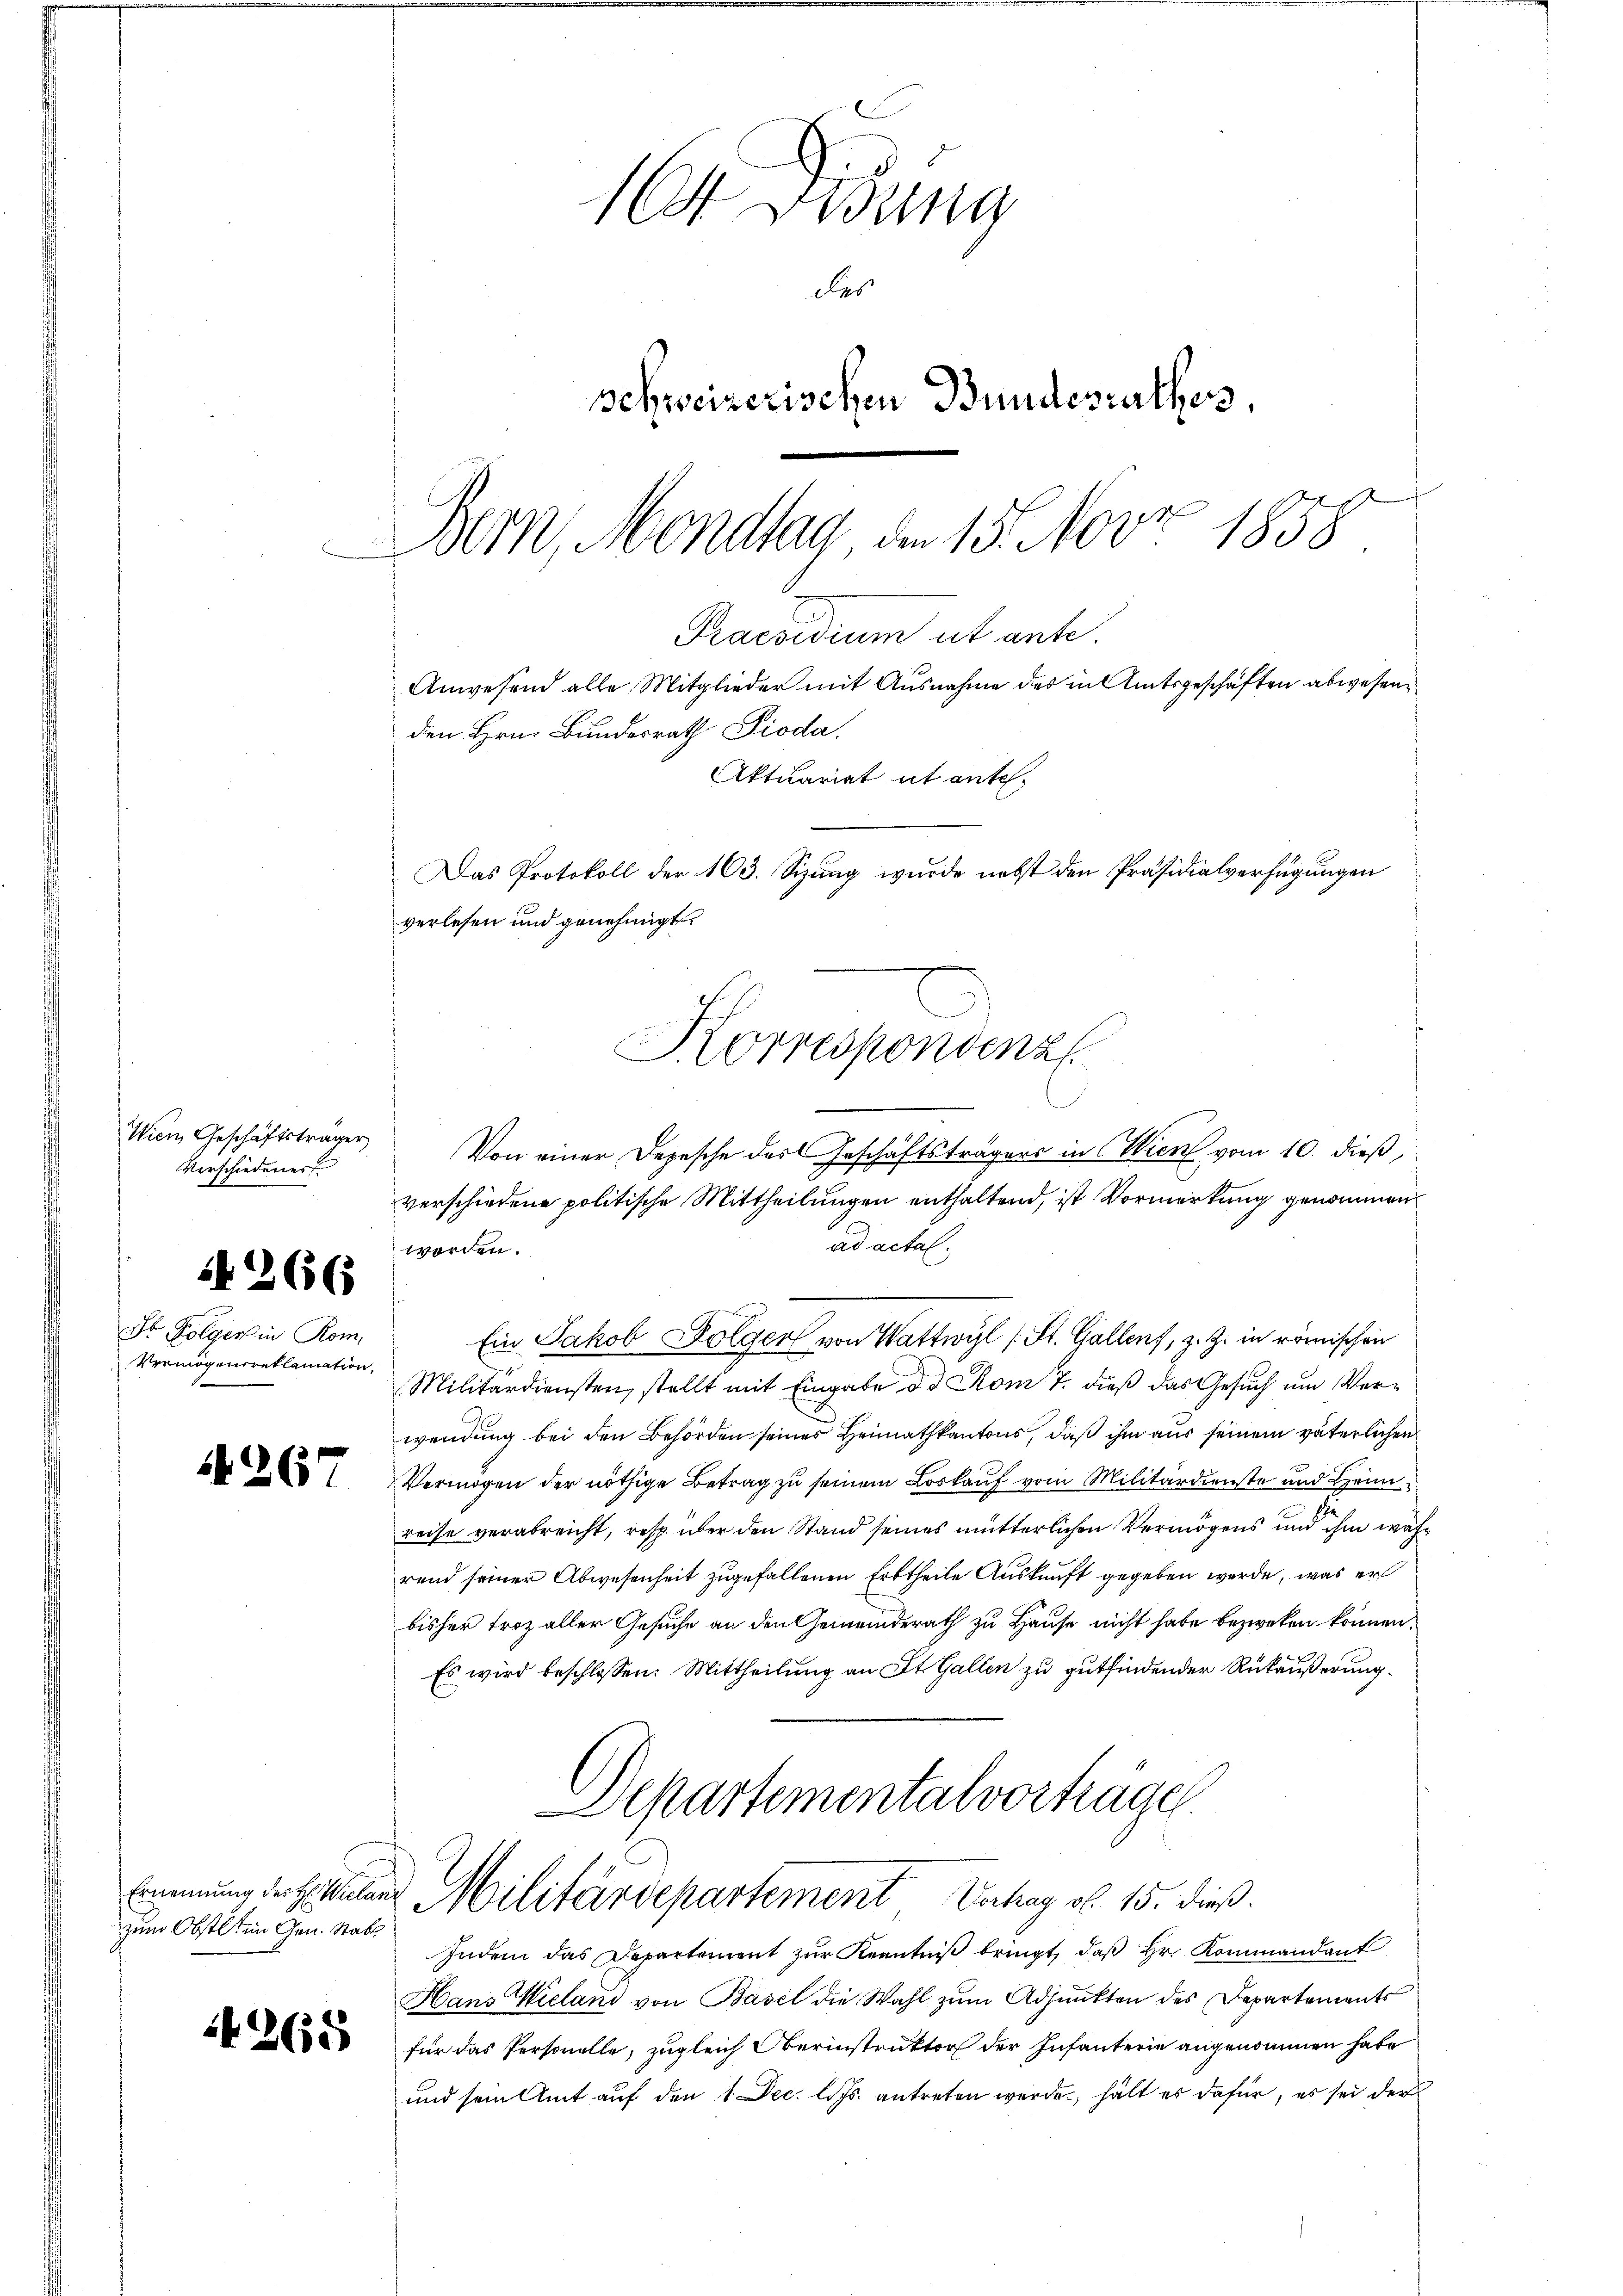
Wien Geschäftsträger,
Verschiedener

1266

Sr Folgers in Rom,
Vermögensreklamation

1267

Ernennung der H: Wielan
zum Obstet im Gen. Stabs

it 265

164 digung
des
schweizerischen Bundesrathes,
Bern Mondtag, den 15. Novz 1858
Praesidium ut ante.
Anwesend alle Mitglieder mit Ausnahme des in Amtsgeschäften abwesen.
den Hrn. Bundesrath Dioda.
Aktuariat it ente.
Das Protokoll der 163. Sizung wurde nebst den Präsidialverfügungen
verlesen und genehmigt.
Korrespondenz

Von einer Depesche des Geschäftsträgers in Wien vom 10. dieß,
verschiedene politische Mittheilungen enthaltend, ist Vormerkung genommen
ad actal.
worden.
Ein Jakob Folger von Wattwyl (St. Gallen, z. Z. in römischen
Militärdiensten, stellt mit Eingabe de Rom 7. dieß das Gesuch um Verwendung bei den Behörden seines Heimathkantons, daß ihm aus seinem väterlichen
Vermögen der nöthige Betrag zu seinem Loskauf vom Militärdienste und Heim
reise verabreicht, resp. über den Stand seines mutterlichen Vermögens und ihm währ
rend seiner Abwesenheit zugefallenen Erbtheile Auskunft gegeben werde, was er
bisher Froz aller Gesuche an den Gemeinderath zu Hause nicht habe bezweken können.
Es wird beschlossen: Mittheilung an St. Gallen zu gutfindender Rükäußerung.
Departementalvorträge

Militärdepartement Verhag ob. 15. dieß.

Indem das Departement zur Kenntniß bringt, daß Hr. Kommandant
Hans Wieland von Basel die Wahl zum Adjunkten des Departements
für das Personelle, zugleich Oberinstruktor der Infanterie angenommen habe
und sein Amt auf den 1. Dec. l. Js. antreten werde, hält es dafür, es sei der